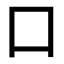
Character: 口